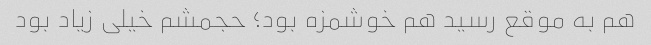
هم به موقع رسید هم خوشمزه بود؛ حجمشم خیلی زیاد بود